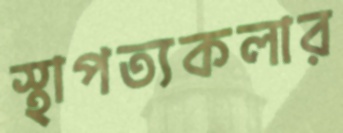
স্থাপত্যকলার